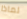
لماذا